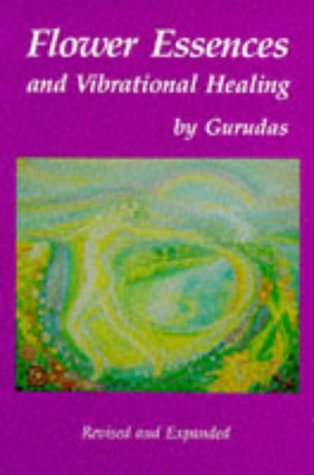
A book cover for Flower Essences and Vibrational Healing; Gurudas; Health, Fitness & Dieting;